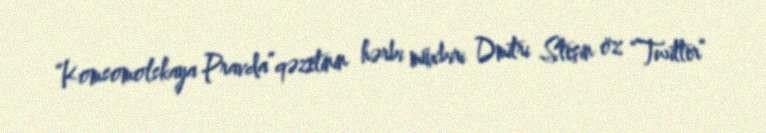
“Komsomolskaya Pravda”qəzetinin hərbi müxbiri Dmitri Steşin öz “Twitter”